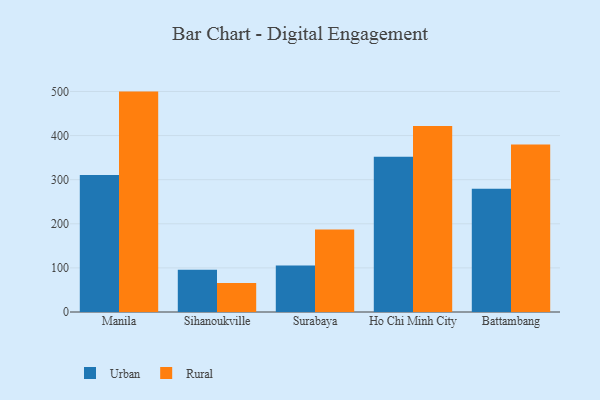
{"axis": {"x": "City", "y": "Latency (ms)"}, "legend": ["Rural", "Urban"], "data": [{"x": "Manila", "y": 310.5, "type": "Urban"}, {"x": "Manila", "y": 499.7, "type": "Rural"}, {"x": "Sihanoukville", "y": 95.6, "type": "Urban"}, {"x": "Sihanoukville", "y": 65.7, "type": "Rural"}, {"x": "Surabaya", "y": 105.5, "type": "Urban"}, {"x": "Surabaya", "y": 187.0, "type": "Rural"}, {"x": "Ho Chi Minh City", "y": 352.0, "type": "Urban"}, {"x": "Ho Chi Minh City", "y": 421.6, "type": "Rural"}, {"x": "Battambang", "y": 279.3, "type": "Urban"}, {"x": "Battambang", "y": 380.0, "type": "Rural"}]}